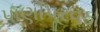
પાણીપૂરવઠા